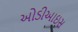
ઓડીઆઇસ